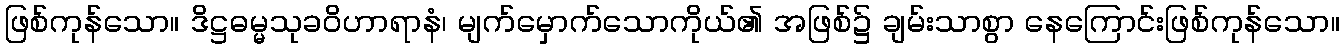
ဖြစ်ကုန်သော။ ဒိဋ္ဌဓမ္မသုခဝိဟာရာနံ၊ မျက်မှောက်သောကိုယ်၏ အဖြစ်၌ ချမ်းသာစွာ နေကြောင်းဖြစ်ကုန်သော။